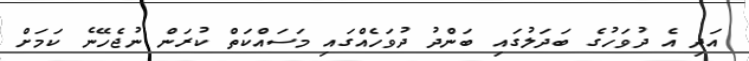
އަދި އެ ދުވަހުގެ ބަދަލުގައި ބަންދު ދުވަހެއްގައި މަސައްކަތް ކުރަން ނުޖެހޭނެ ކަމަށް